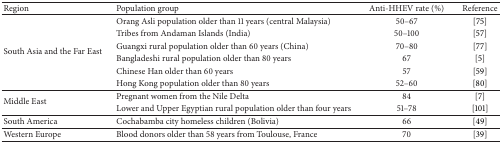
<table><thead><tr><td><b>Region</b></td><td><b>Population group</b></td><td><b>Anti-HHEV rate (%)</b></td><td><b>Reference</b></td></tr></thead><tbody><tr><td rowspan="6">South Asia and the Far East</td><td>Orang Asli population older than 11 years (central Malaysia)</td><td>50–67</td><td>[75]</td></tr><tr><td>Tribes from Andaman Islands (India)</td><td>50–100</td><td>[57]</td></tr><tr><td>Guangxi rural population older than 60 years (China)</td><td>70–80</td><td>[77]</td></tr><tr><td>Bangladeshi rural population older than 80 years</td><td>67</td><td>[5]</td></tr><tr><td>Chinese Han older than 60 years</td><td>57</td><td>[59]</td></tr><tr><td>Hong Kong population older than 80 years</td><td>52–60</td><td>[80]</td></tr><tr><td rowspan="2">Middle East</td><td>Pregnant women from the Nile Delta</td><td>84</td><td>[7]</td></tr><tr><td>Lower and Upper Egyptian rural population older than four years</td><td>51–78</td><td>[101]</td></tr><tr><td>South America</td><td>Cochabamba city homeless children (Bolivia)</td><td>66</td><td>[49]</td></tr><tr><td>Western Europe</td><td>Blood donors older than 58 years from Toulouse, France</td><td>70</td><td>[39]</td></tr></tbody></table>